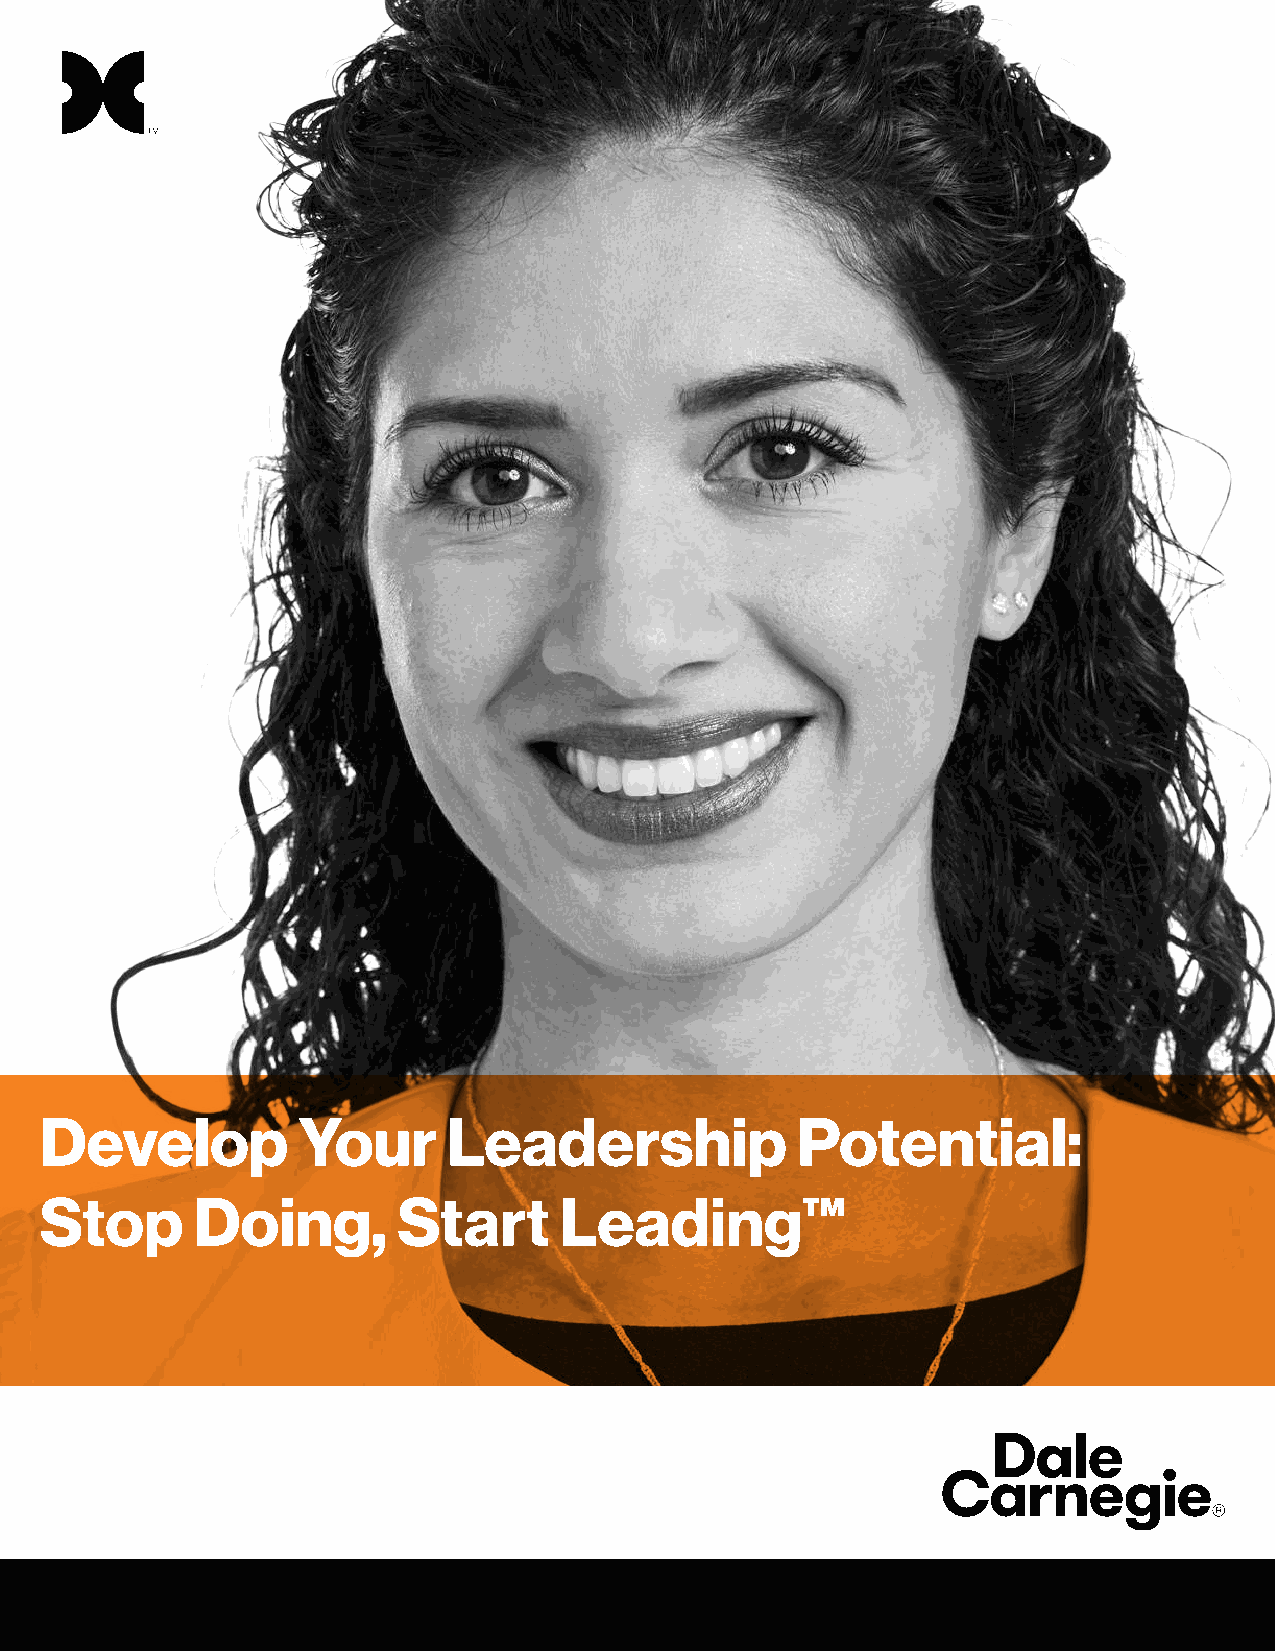
Develop          Your      Leadership             Potential:
 Stop      Doing,       Start      Leading™